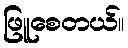
ဖြူစေတယ်။